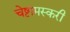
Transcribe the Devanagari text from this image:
चेष्टामस्करी